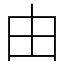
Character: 由